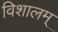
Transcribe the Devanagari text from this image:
विशालम्